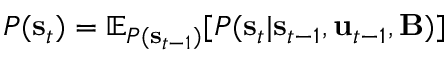
P ( \mathbf { s } _ { t } ) = \mathbb { E } _ { P ( \mathbf { s } _ { t - 1 } ) } [ P ( \mathbf { s } _ { t } | \mathbf { s } _ { t - 1 } , \mathbf { u } _ { t - 1 } , \mathbf { B } ) ]